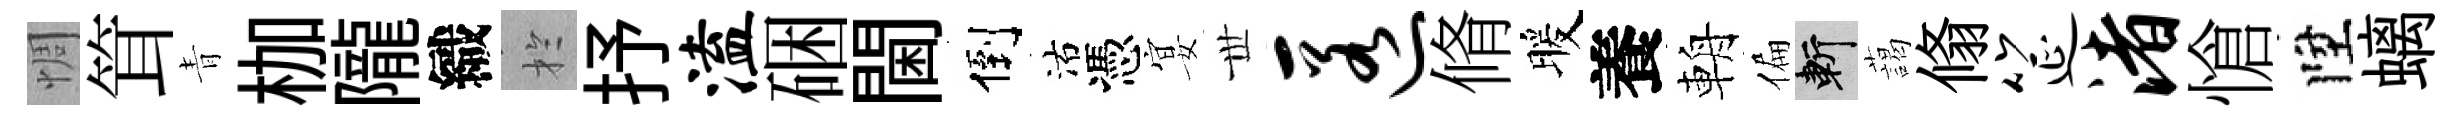
惆䇯青枷隴織扵抒溘硱閫倒沽憑宴𠀍匿脩暖養輈偏斬藹翛筵渚愴陞螭